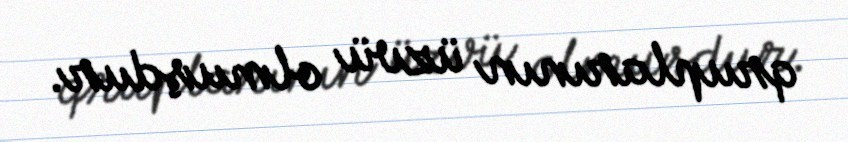
qruplarının üzvü olmuşdur.